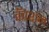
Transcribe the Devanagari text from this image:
कॅप्शन